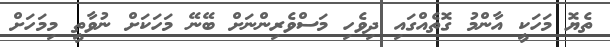
ތެޔޮ މަހަކީ އާންމު ގޮތެއްގައި ދިވެހި މަސްވެރިންްނަށް ބޭނޭ މަހަކަށް ނުވާތީ މިމަހަށް